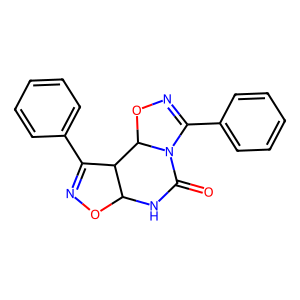
SMILES: O=C1NC2ON=C(c3ccccc3)C2C2ON=C(c3ccccc3)N12
Inhibits HIV replication: No